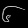
Digit: ၆